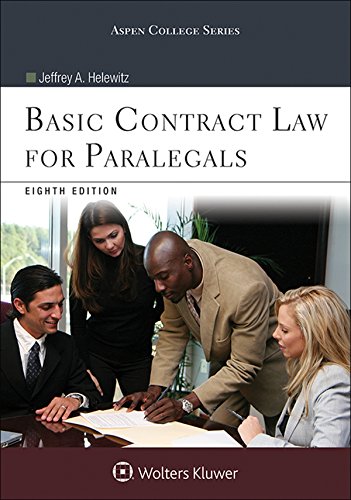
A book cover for Basic Contract Law for Paralegals; Jeffrey A. Helewitz; Law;